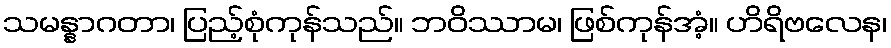
သမန္နာဂတာ၊ ပြည့်စုံကုန်သည်။ ဘဝိဿာမ၊ ဖြစ်ကုန်အံ့။ ဟိရိဗလေန၊